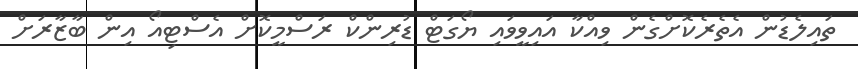
ތައިލެޑުން އެތެރެކޮށްގެން ވިއްކާ އައިވީވައި ޔޯގަޓް ޑުރިންކް ރަސްމީކޮށް އެސްޓިއޯ އިން ބާޒާރަށް